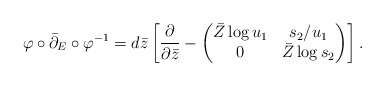
\begin{align*}\varphi\circ\bar\partial_E\circ\varphi^{-1} =d\bar z\left[ \frac{\partial}{\partial\bar z} - \begin{pmatrix} \bar Z\log u_1 &s_2/u_1\\ 0 &\bar Z\log s_2 \end{pmatrix}\right].\end{align*}